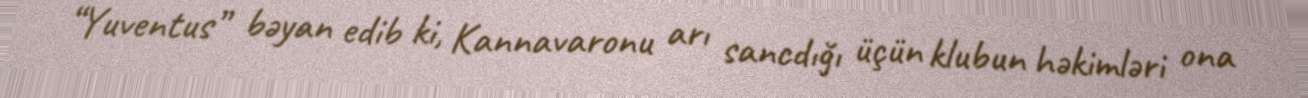
“Yuventus” bəyan edib ki, Kannavaronu arı sancdığı üçün klubun həkimləri ona